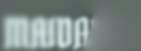
MAIDAI